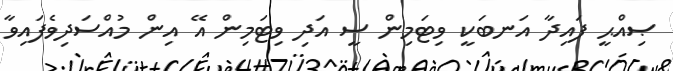
ޞިއްޙީ ފައިދާ އަނބަކީ ވިޓަމިން ސީ އަދި ވިޓަމިން އޭ އިން މުއްސަދިވެފައިވާ